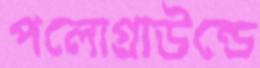
পলোগ্রাউন্ডে